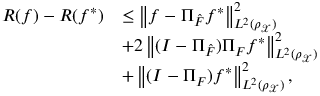
\begin{array} { r l } { { \cal R } ( f ) - { \cal R } ( f ^ { * } ) } & { \leq \left\| f - \Pi _ { \hat { \cal F } } f ^ { * } \right\| _ { L ^ { 2 } ( \rho _ { \mathcal { X } } ) } ^ { 2 } } \\ & { + 2 \left\| ( I - \Pi _ { \hat { \cal F } } ) \Pi _ { \cal F } f ^ { * } \right\| _ { L ^ { 2 } ( \rho _ { \mathcal { X } } ) } ^ { 2 } } \\ & { + \left\| ( I - \Pi _ { \cal F } ) f ^ { * } \right\| _ { L ^ { 2 } ( \rho _ { \mathcal { X } } ) } ^ { 2 } , } \end{array}